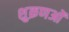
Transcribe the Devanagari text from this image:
शुक्रणओं